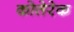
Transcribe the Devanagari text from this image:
कोतेरेक